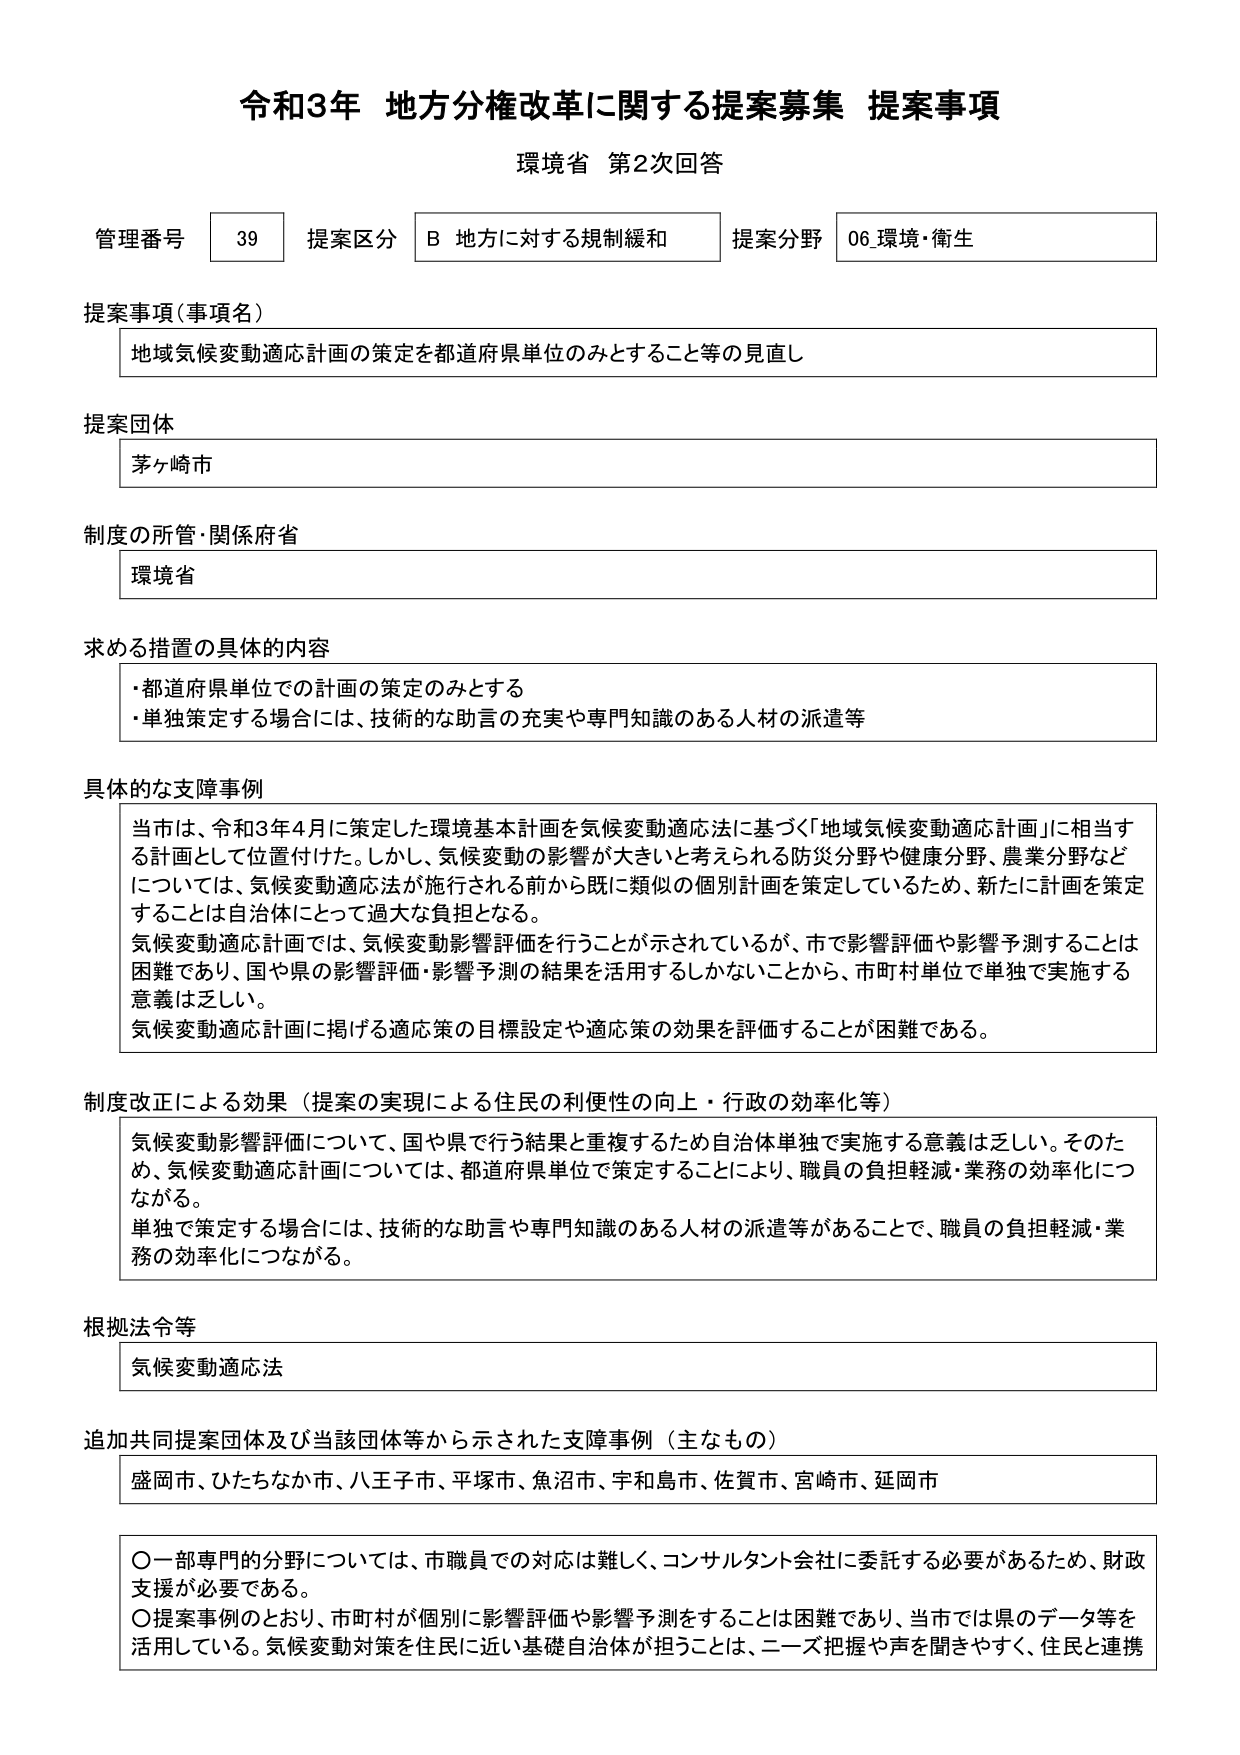
令和3年 地方分権改革に関する提案募集 提案事項
環境省 第2次回答

管理番号 39 提案区分 B 地方に対する規制緩和 提案分野 06_環境・衛生

提案事項（事項名）
地域気候変動適応計画の策定を都道府県単位のみとすること等の見直し

提案団体
茅ヶ崎市

制度の所管・関係府省
環境省

求める措置の具体的内容
・都道府県単位での計画の策定のみとする
・単独策定する場合には、技術的な助言の充実や専門知識のある人材の派遣等

具体的な支障事例
当市は、令和3年4月に策定した環境基本計画を気候変動適応法に基づく「地域気候変動適応計画」に相当する計画として位置付けた。しかし、気候変動の影響が大きいと考えられる防災分野や健康分野、農業分野などについては、気候変動適応法が施行される前から既に類似の個別計画を策定しているため、新たに計画を策定することは自治体にとって過大な負担となる。
気候変動適応計画では、気候変動影響評価を行うことが示されているが、市で影響評価や影響予測することは困難であり、国や県の影響評価・影響予測の結果を活用するしかないことから、市町村単位で単独で実施する意義は乏しい。
気候変動適応計画に掲げる適応策の目標設定や適応策の効果を評価することが困難である。

制度改正による効果（提案の実現による住民の利便性の向上・行政の効率化等）
気候変動影響評価について、国や県で行う結果と重複するため自治体単独で実施する意義は乏しい。そのため、気候変動適応計画については、都道府県単位で策定することにより、職員の負担軽減・業務の効率化につながる。
単独で策定する場合には、技術的な助言や専門知識のある人材の派遣等があることで、職員の負担軽減・業務の効率化につながる。

根拠法令等
気候変動適応法

追加共同提案団体及び当該団体等から示された支障事例（主なもの）
盛岡市、ひたちなか市、八王子市、平塚市、魚沼市、宇和島市、佐賀市、宮崎市、延岡市

○一部専門的分野については、市職員での対応は難しく、コンサルタント会社に委託する必要があるため、財政支援が必要である。
○提案事例のとおり、市町村が個別に影響評価や影響予測することは困難であり、当市では県のデータ等を活用している。気候変動対策を住民に近い基礎自治体が担うことは、ニーズ把握や声を聞きやすく、住民と連携